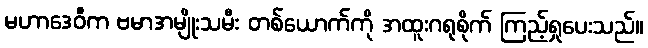
မဟာဒေဝီက ဗမာအမျိုးသမီး တစ်ယောက်ကို အထူးဂရုစိုက် ကြည့်ရှုပေးသည်။